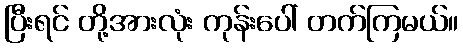
ပြီးရင် တို့အားလုံး ကုန်းပေါ် တက်ကြမယ်။